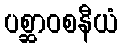
ပစ္ဆာဝစနီယံ